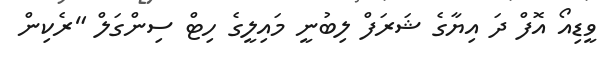
ވީޑިއޯ އޮފް ދަ އިޔާގެ ޝަރަފް ލިބުނީ މައިލީގެ ހިޓް ސިންގަލް "ރެކިން